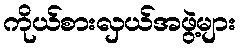
ကိုယ်စားလှယ်အဖွဲ့များ